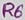
Text: R6